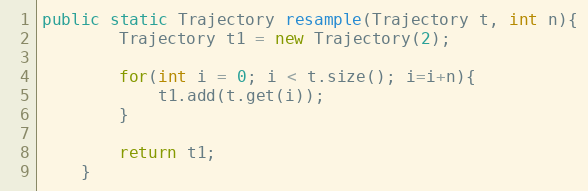
Language: Java
public static Trajectory resample(Trajectory t, int n){
		Trajectory t1 = new Trajectory(2);

		for(int i = 0; i < t.size(); i=i+n){
			t1.add(t.get(i));
		}

		return t1;
	}